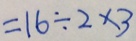
= 1 6 \div 2 \times 3